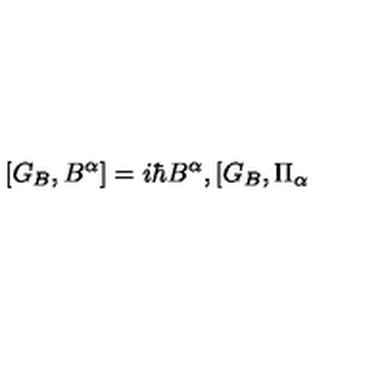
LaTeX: \lbrack G _ { B } , B ^ { \alpha } ] = i \hbar B ^ { \alpha } , [ G _ { B } , \Pi _ { \alpha }